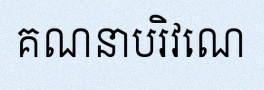
គណនាបរិវេណ